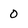
Character: o